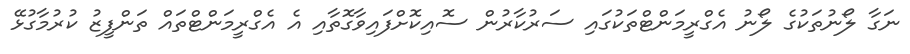
ނަގާ ލޯނުތަކުގެ ލޯނު އެގްރީމަންޓްތަކުގައި ސަރުކާރުން ސޮއިކޮށްފައިވާގޮތާއި އެ އެގްރީމަންޓްތައް ތަންފީޒު ކުރުމާގުޅޭ